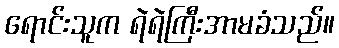
ရောင်းသူက ရဲရဲကြီးအာမခံသည်။